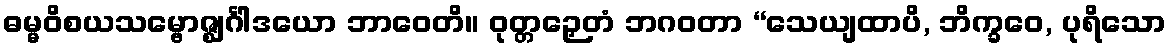
ဓမ္မဝိစယသမ္ဗောဇ္ဈင်္ဂါဒယော ဘာဝေတိ။ ဝုတ္တဉှေတံ ဘဂဝတာ “သေယျထာပိ, ဘိက္ခဝေ, ပုရိသော